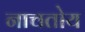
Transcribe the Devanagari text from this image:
नाचतोय